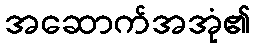
အဆောက်အအုံ၏